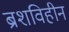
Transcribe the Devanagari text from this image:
ब्रशविहीन